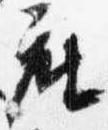
座